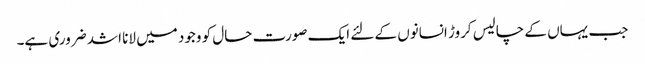
جب یہاں کے چالیس کروڑ انسانوں کے لئے ایک صورت حال کو وجود میں لانا اشد ضروری ہے۔